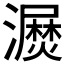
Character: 𰝫